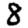
Digit: 8